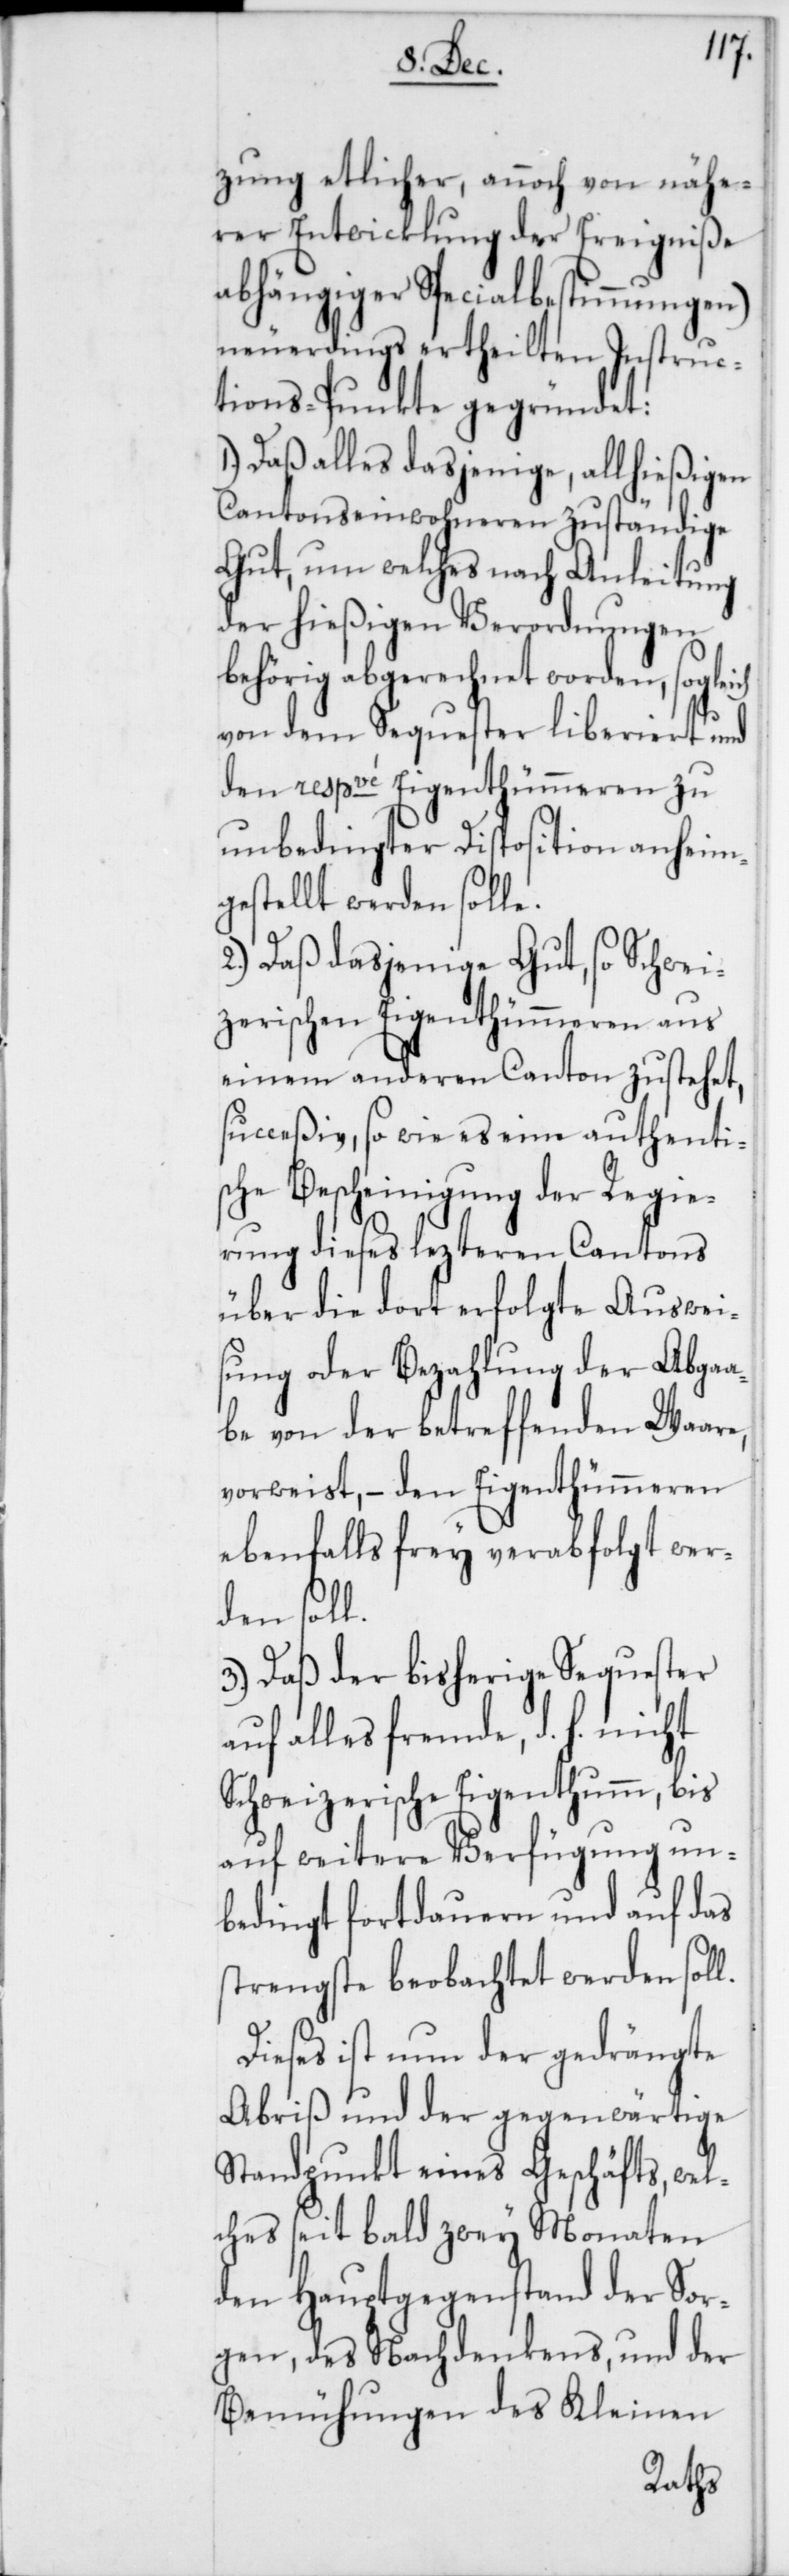
ch
zung etlicher, annoch von nähe¬
rer Entwicklung der Ereigniße
abhängiger Specialbestimmungen)
neuerdings ertheilten Instruc¬
tions-Punkte gegründet:
Daß alles dasjenige, allhießigen
Cantonseinwohneren zuständige
Gut, um welches nach Anleitung
der hießigen Verordnungen
behörig abgerechnet worden, soglei¬
von dem Sequester liberiert und
den respve Eigenthümeren zu
unbedingter Disposition anheim¬
gestellt werden solle.
2.) Daß dasjenige Gut, so Schwei¬
zerischen Eigenthümeren aus
einem anderen Canton zustehet,
succeßiv, so wie es eine authenti¬
sche Bescheinigung der Regie¬
rung dieses lezteren Cantons
über die dort erfolgte Auswei¬
sung oder Bezahlung der Abga¬
be von der betreffenden Waare,
vorweist, – den Eigenthümeren
ebenfalls frey verabfolgt wer¬
den soll.
3.) Daß der bisherige Sequester
auf alles fremde, d. h. nicht
Schweizerische Eigenthumm, bis
auf weitere Verfügung un¬
bedingt fortdauern und auf das
strengste beobachtet werden soll.
Dieses ist nun der gedrängte
Abriß und der gegenwärtige
Standpunkt eines Geschäfts, wel¬
ches seit bald zwey Monaten
den Hauptgegenstand der Sor¬
gen, des Nachdenkens, und der
Bemühungen des Kleinen